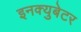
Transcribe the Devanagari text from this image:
इनक्युबेटर